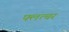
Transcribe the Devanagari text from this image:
फ्लत्चर